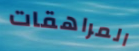
المراهقات